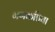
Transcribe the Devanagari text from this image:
गणकप्रिया